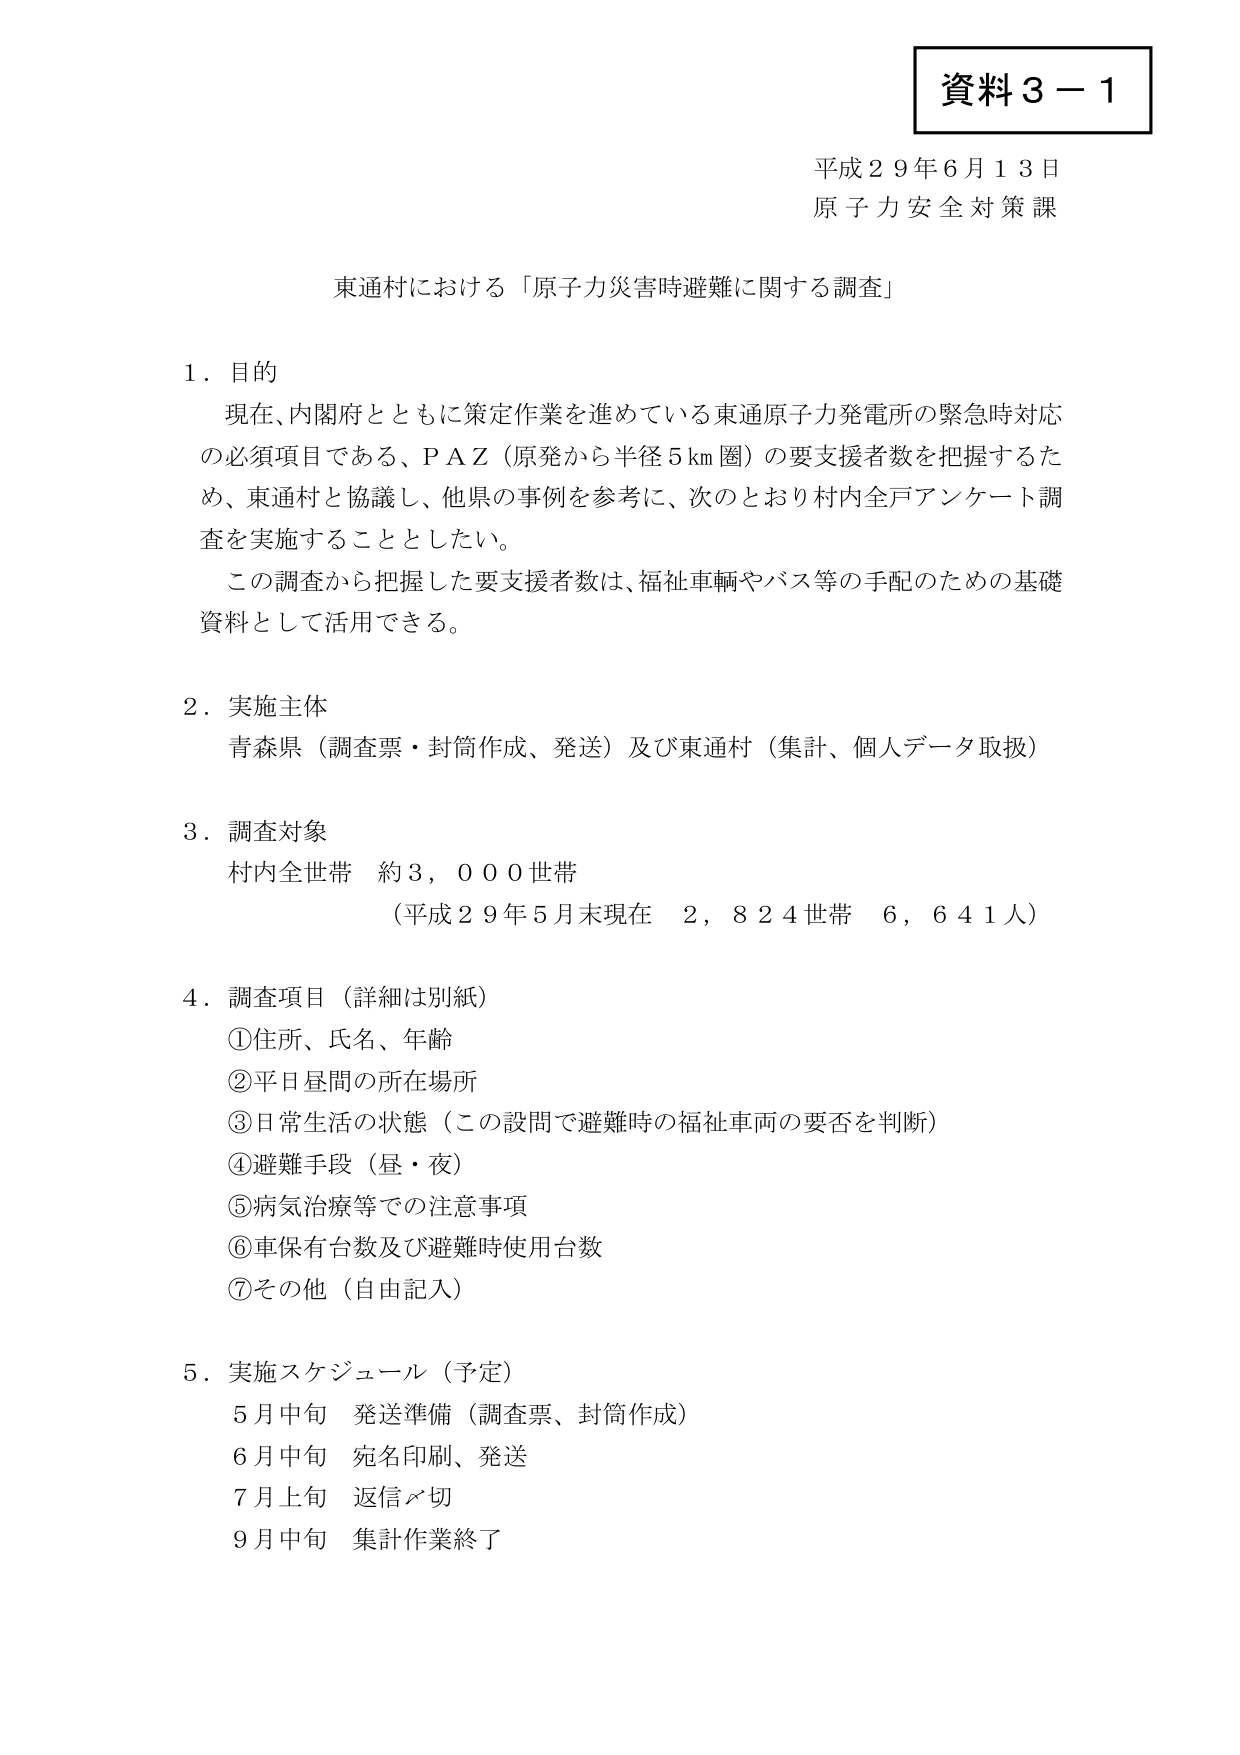
資料３－１

平成２９年６月１３日
原子力安全対策課

東通村における「原子力災害時避難に関する調査」

１．目的
　現在、内閣府とともに策定作業を進めている東通原子力発電所の緊急時対応の必須項目である、ＰＡＺ（原発から半径５km圏）の要支援者数を把握するため、東通村と協議し、他県の事例を参考に、次のとおり村内全戸アンケート調査を実施することとした。
　この調査から把握した要支援者数は、福祉車両やバス等の手配のための基礎資料として活用できる。

２．実施主体
　青森県（調査票・封筒作成、発送）及び東通村（集計、個人データ取扱）

３．調査対象
　村内全世帯　約３，０００世帯
　（平成２９年５月末現在　２，８２４世帯　６，６４１人）

４．調査項目（詳細は別紙）
　①住所、氏名、年齢
　②平日昼間の所在場所
　③日常生活の状態（この設問で避難時の福祉車両の要否を判断）
　④避難手段（昼・夜）
　⑤病気治療等での注意事項
　⑥車保有台数及び避難時使用台数
　⑦その他（自由記入）

５．実施スケジュール（予定）
　５月中旬　発送準備（調査票、封筒作成）
　６月中旬　宛名印刷、発送
　７月上旬　返信〆切
　９月中旬　集計作業終了